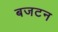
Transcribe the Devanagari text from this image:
बजटन